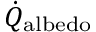
\dot { Q } _ { \mathrm { a l b e d o } }